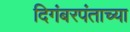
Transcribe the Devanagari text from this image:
दिगंबरपंताच्या